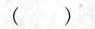
()